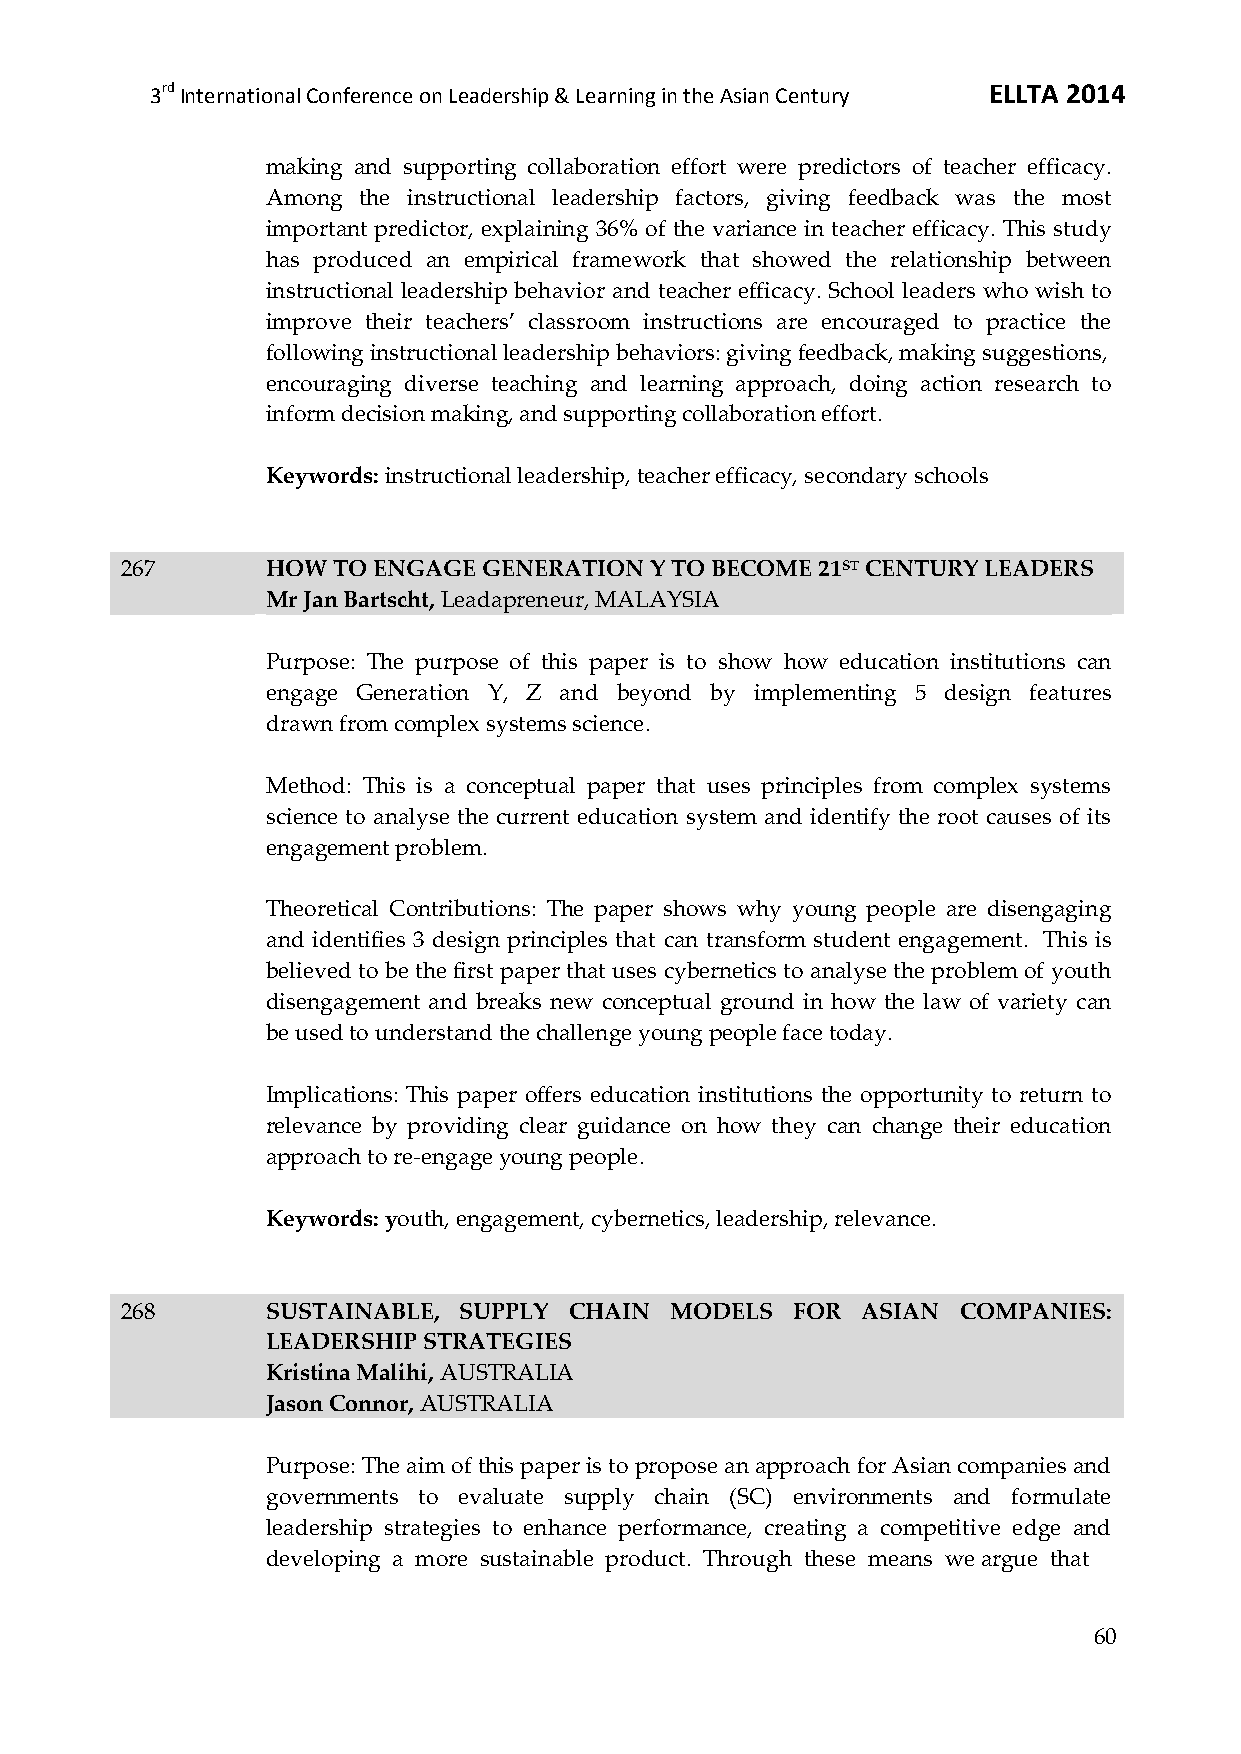
3rd International Conference on Leadership & Learning in the Asian Century ELLTA 2014
 making and supporting collaboration effort were predictors of teacher efficacy.
 Among the instructional leadership factors, giving feedback was the most
 important predictor, explaining 36% of the variance in teacher efficacy. This study
 has produced an empirical framework that showed the relationship between
 instructional leadership behavior and teacher efficacy. School leaders who wish to
 improve their teachers’ classroom instructions are encouraged to practice the
 following instructional leadership behaviors: giving feedback, making suggestions,
 encouraging diverse teaching and learning approach, doing action research to
 inform decision making, and supporting collaboration effort.
 Keywords: instructional leadership, teacher efficacy, secondary schools
 267       HOW TO ENGAGE GENERATION Y TO BECOME 21ST CENTURY LEADERS
 Mr Jan Bartscht, Leadapreneur, MALAYSIA
 Purpose: The purpose of this paper is to show how education institutions can
 engage Generation Y, Z and beyond by implementing 5 design features
 drawn from complex systems science.
 Method: This is a conceptual paper that uses principles from complex systems
 science to analyse the current education system and identify the root causes of its
 engagement problem.
 Theoretical Contributions: The paper shows why young people are disengaging
 and identifies 3 design principles that can transform student engagement. This is
 believed to be the first paper that uses cybernetics to analyse the problem of youth
 disengagement and breaks new conceptual ground in how the law of variety can
 be used to understand the challenge young people face today.
 Implications: This paper offers education institutions the opportunity to return to
 relevance by providing clear guidance on how they can change their education
 approach to re-engage young people.
 Keywords: youth, engagement, cybernetics, leadership, relevance.
 268       SUSTAINABLE, SUPPLY CHAIN MODELS   FOR ASIAN  COMPANIES:
 LEADERSHIP STRATEGIES
 Kristina Malihi, AUSTRALIA
 Jason Connor, AUSTRALIA
 Purpose: The aim of this paper is to propose an approach for Asian companies and
 governments to evaluate supply chain (SC) environments and formulate
 leadership strategies to enhance performance, creating a competitive edge and
 developing a more sustainable product. Through these means we argue that
 60